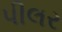
પીલર